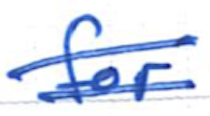
Text: for
Cross-out: double-line
Writing tool: ballpoint